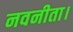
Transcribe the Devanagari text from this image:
नवनीता।